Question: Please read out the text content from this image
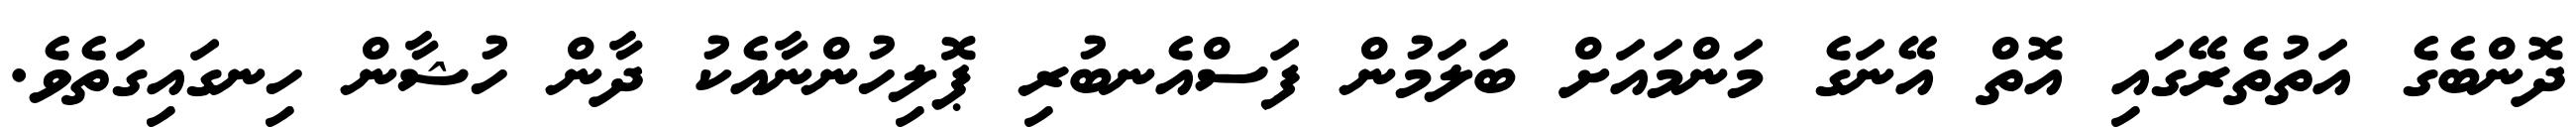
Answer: ދޮންބެގެ އަތުތެރޭގައި އޮތް އޭނަގެ މަންމައަށް ބަލަމުން ފަސްއެނބުރި ޕޮލިހުންނާއެކު ދާން ހުޝާން ހިނގައިގަތެވެ.